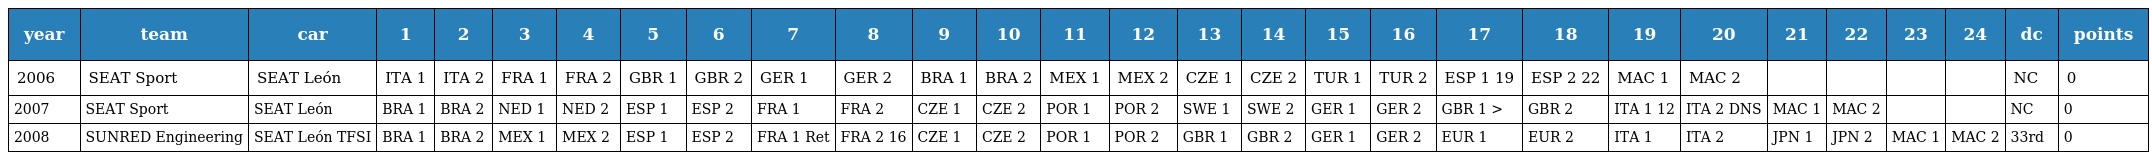
| year | team | car | 1 | 2 | 3 | 4 | 5 | 6 | 7 | 8 | 9 | 10 | 11 | 12 | 13 | 14 | 15 | 16 | 17 | 18 | 19 | 20 | 21 | 22 | 23 | 24 | dc | points |
 | --- | --- | --- | --- | --- | --- | --- | --- | --- | --- | --- | --- | --- | --- | --- | --- | --- | --- | --- | --- | --- | --- | --- | --- | --- | --- | --- | --- | --- |
 | 2006 | SEAT Sport | SEAT León | ITA 1 | ITA 2 | FRA 1 | FRA 2 | GBR 1 | GBR 2 | GER 1 | GER 2 | BRA 1 | BRA 2 | MEX 1 | MEX 2 | CZE 1 | CZE 2 | TUR 1 | TUR 2 | ESP 1 19 | ESP 2 22 | MAC 1 | MAC 2 |  |  |  |  | NC | 0 |
 | 2007 | SEAT Sport | SEAT León | BRA 1 | BRA 2 | NED 1 | NED 2 | ESP 1 | ESP 2 | FRA 1 | FRA 2 | CZE 1 | CZE 2 | POR 1 | POR 2 | SWE 1 | SWE 2 | GER 1 | GER 2 | GBR 1 > | GBR 2 | ITA 1 12 | ITA 2 DNS | MAC 1 | MAC 2 |  |  | NC | 0 |
 | 2008 | SUNRED Engineering | SEAT León TFSI | BRA 1 | BRA 2 | MEX 1 | MEX 2 | ESP 1 | ESP 2 | FRA 1 Ret | FRA 2 16 | CZE 1 | CZE 2 | POR 1 | POR 2 | GBR 1 | GBR 2 | GER 1 | GER 2 | EUR 1 | EUR 2 | ITA 1 | ITA 2 | JPN 1 | JPN 2 | MAC 1 | MAC 2 | 33rd | 0 |